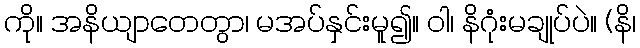
ကို။ အနိယျာတေတွာ၊ မအပ်နှင်းမူ၍။ ဝါ၊ နိဂုံးမချုပ်ပဲ။ (နိ၊